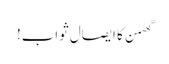
گھمن کا ایصال ثواب!